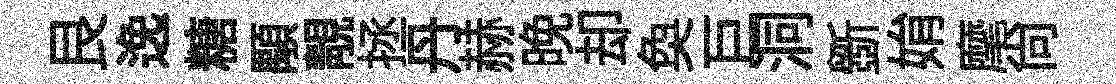
艮𨓜糖顒靚拯丹赫晚却奐巨洞斵姢麾尙